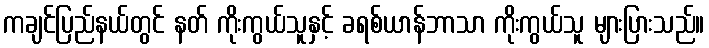
ကချင်ပြည်နယ်တွင် နတ် ကိုးကွယ်သူနှင့် ခရစ်ယာန်ဘာသာ ကိုးကွယ်သူ များပြားသည်။